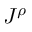
J ^ { \rho }